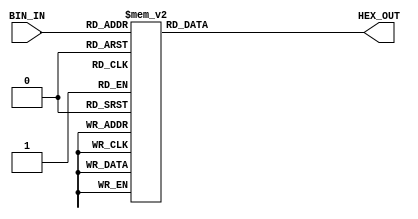
`timescale 1ns / 1ps
//////////////////////////////////////////////////////////////////////////////////
// Company: 
// Engineer: 
// 
// Design Name: 
// Module Name: Seg7Display
// Project Name: 
// Target Devices: 
// Tool Versions: 
// Description: 
// 
// Dependencies: 
// 
// Revision:
// Revision 0.01 - File Created
// Additional Comments:
// 
//////////////////////////////////////////////////////////////////////////////////


module Seg7Display(
    input [3:0] BIN_IN,
    output reg [6:0] HEX_OUT
   
    );
    
    always@(BIN_IN) begin
        case (BIN_IN)
        4'h0 : HEX_OUT[6:0] <= 7'b1000000;
        4'h1 : HEX_OUT[6:0] <= 7'b1111001;
        4'h2 : HEX_OUT[6:0] <= 7'b0100100;
        4'h3 : HEX_OUT[6:0] <= 7'b0110000;
        
        4'h4 : HEX_OUT[6:0] <= 7'b0011001;
        4'h5 : HEX_OUT[6:0] <= 7'b0010010;
        4'h6 : HEX_OUT[6:0] <= 7'b0000010;
        4'h7 : HEX_OUT[6:0] <= 7'b1111000;
            
        4'h8 : HEX_OUT[6:0] <= 7'b0000000;
        4'h9 : HEX_OUT[6:0] <= 7'b0010000;
        4'hA : HEX_OUT[6:0] <= 7'b0001000;
        4'hB : HEX_OUT[6:0] <= 7'b0000011;
        
        4'hC : HEX_OUT[6:0] <= 7'b1000110;
        4'hD : HEX_OUT[6:0] <= 7'b0100001;
        4'hE : HEX_OUT[6:0] <= 7'b0000110;
        4'hF : HEX_OUT[6:0] <= 7'b0001110;    
        endcase 
    end
endmodule